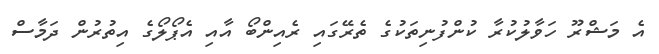
އެ މަޝްރޫ ހަވާލުކުރާ ކުންފުނިތަކުގެ ތެރޭގައި ރެއިންބޯ އާއި އެޕޯލޯގެ އިތުރުން ދަމާސް